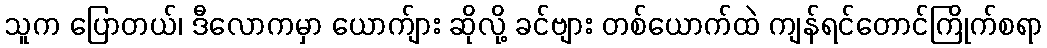
သူက ပြောတယ်၊ ဒီလောကမှာ ယောက်ျား ဆိုလို့ ခင်ဗျား တစ်ယောက်ထဲ ကျန်ရင်တောင်ကြိုက်စရာ